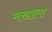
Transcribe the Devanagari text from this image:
मखाला